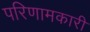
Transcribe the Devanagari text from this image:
परिणामकारी